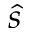
\hat { s }